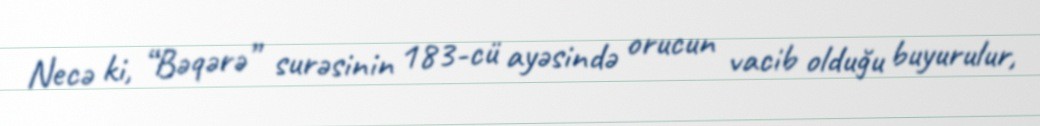
Necə ki, “Bəqərə” surəsinin 183-cü ayəsində orucun vacib olduğu buyurulur,